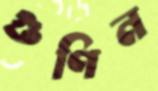
গুণিন